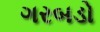
ગરબડો